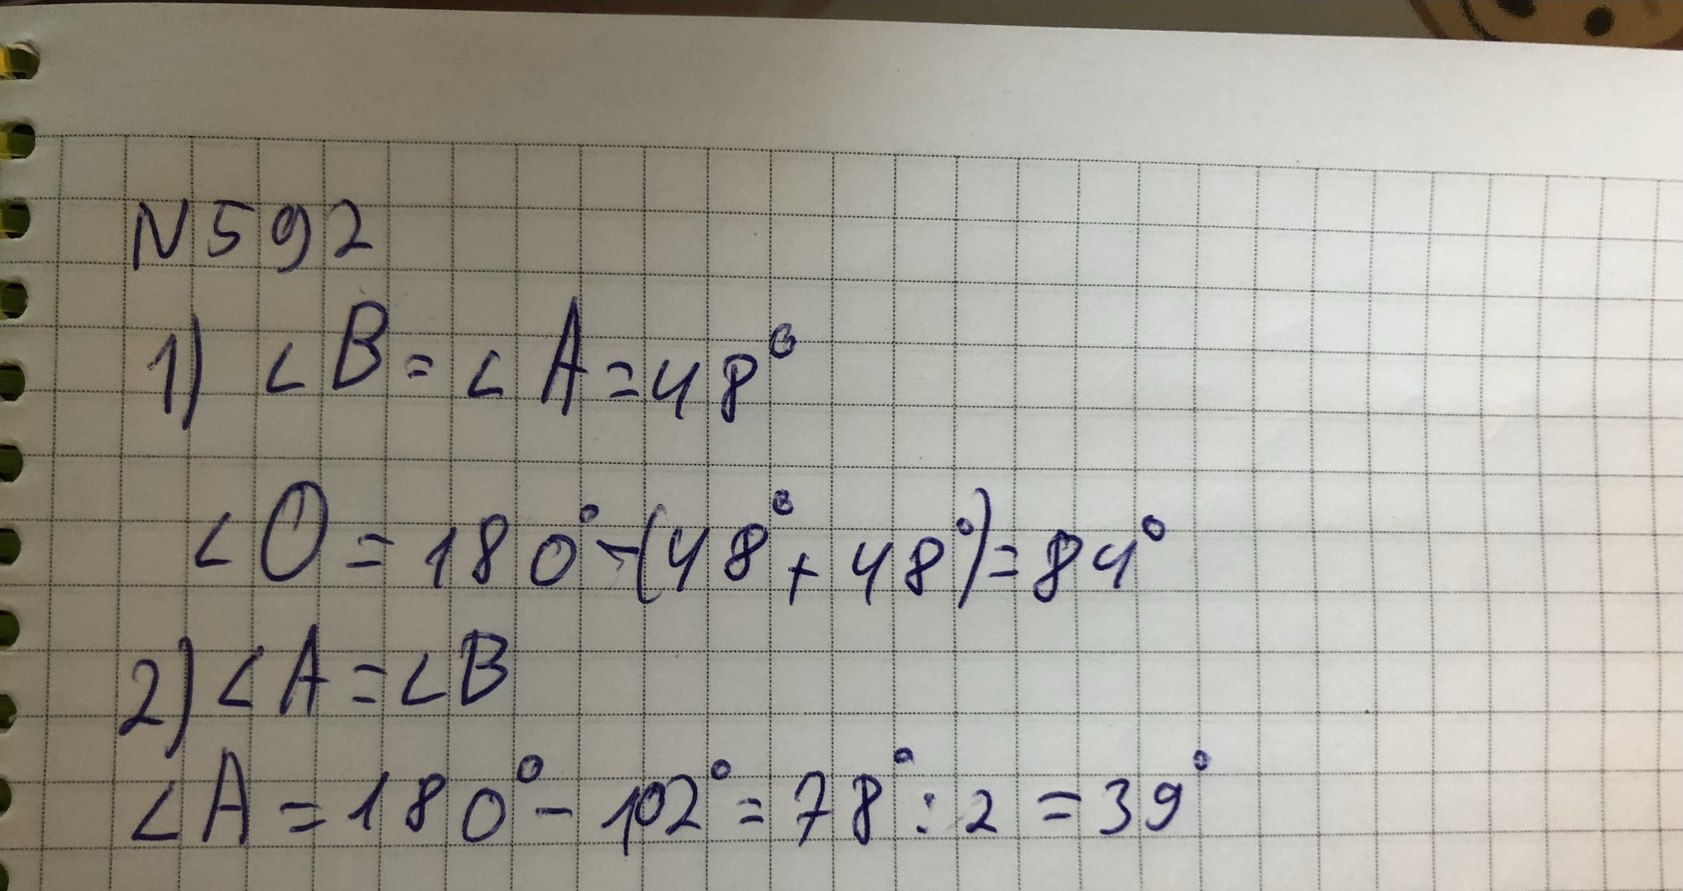
№ 592
1) ∠B = ∠A = 48°
∠0 = 180° - (48° + 48°) = 84°
2) ∠A = ∠B
∠A = 180° - 102° = 78 / 2 - 39